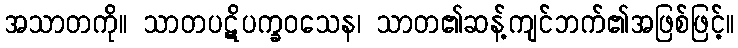
အသာတကို။ သာတပဋိပက္ခဝသေန၊ သာတ၏ဆန့်ကျင်ဘက်၏အဖြစ်ဖြင့်။